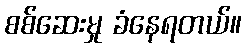
စစ်ဆေးမှု ခံနေရတယ်။